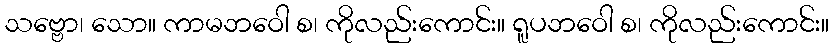
သဗ္ဗော၊ သော။ ကာမဘဝေါ စ၊ ကိုလည်းကောင်း။ ရူပဘဝေါ စ၊ ကိုလည်းကောင်း။